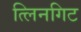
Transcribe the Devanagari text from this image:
त्लिनगिट